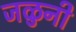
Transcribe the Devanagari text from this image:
जळुनी